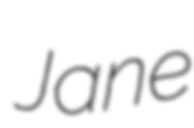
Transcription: Jane